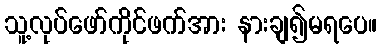
သူ့လုပ်ဖော်ကိုင်ဖက်အား နားချ၍မရပေ။